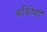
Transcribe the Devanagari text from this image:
कवितेशी